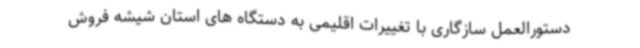
دستورالعمل سازگاری با تغییرات اقلیمی به دستگاه های استان شیشه فروش